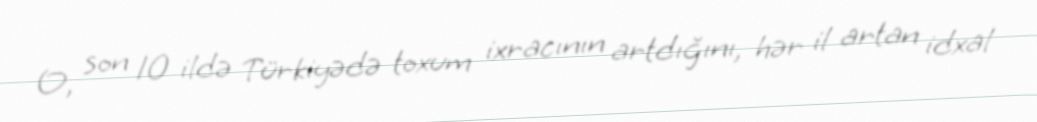
O, son 10 ildə Türkiyədə toxum ixracının artdığını, hər il artan idxal